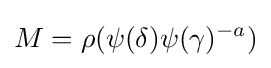
M=\rho (\psi (\delta )\psi (\gamma )^{-a})